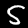
Digit: 5